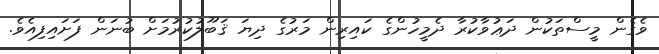
ވެގެން މީސްތަކުން ދަޢުވާކުރާ ދެމީހުންގެ ކައިރިން މަރުގެ ދިޔަ ޤަބޫލުކުރުމަށް ބުނަން ފަށައިފިއެވެ.